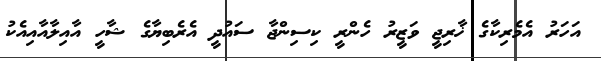
އަހަރު އެމެރިކާގެ ޚާރިޖީ ވަޒީރު ހެންރީ ކިސިންޖާ ސައުދީ އެރެބިޔާގެ ޝާހީ އާއިލާއާއިއެކު